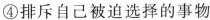
④排斥自己被迫选择的事物